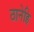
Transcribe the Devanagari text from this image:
ठानेहि